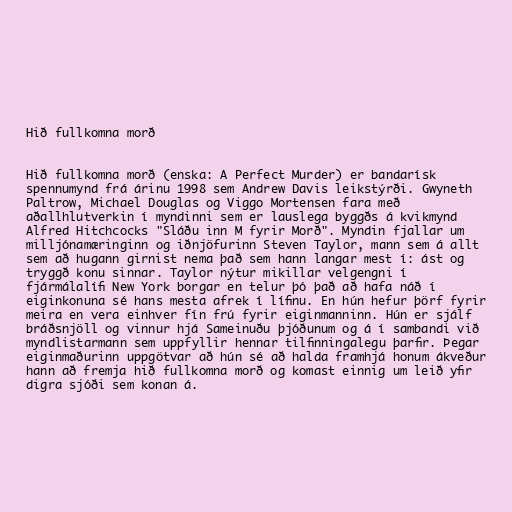
Hið fullkomna morð

Hið fullkomna morð (enska: A Perfect Murder) er bandarísk
spennumynd frá árinu 1998 sem Andrew Davis leikstýrði. Gwyneth
Paltrow, Michael Douglas og Viggo Mortensen fara með
aðallhlutverkin í myndinni sem er lauslega byggðs á kvikmynd
Alfred Hitchcocks "Sláðu inn M fyrir Morð". Myndin fjallar um
milljónamæringinn og iðnjöfurinn Steven Taylor, mann sem á allt
sem að hugann girnist nema það sem hann langar mest í: ást og
tryggð konu sinnar. Taylor nýtur mikillar velgengni í
fjármálalífi New York borgar en telur þó það að hafa náð í
eiginkonuna sé hans mesta afrek í lífinu. En hún hefur þörf fyrir
meira en vera einhver fín frú fyrir eiginmanninn. Hún er sjálf
bráðsnjöll og vinnur hjá Sameinuðu þjóðunum og á í sambandi við
myndlistarmann sem uppfyllir hennar tilfinningalegu þarfir. Þegar
eiginmaðurinn uppgötvar að hún sé að halda framhjá honum ákveður
hann að fremja hið fullkomna morð og komast einnig um leið yfir
digra sjóði sem konan á.